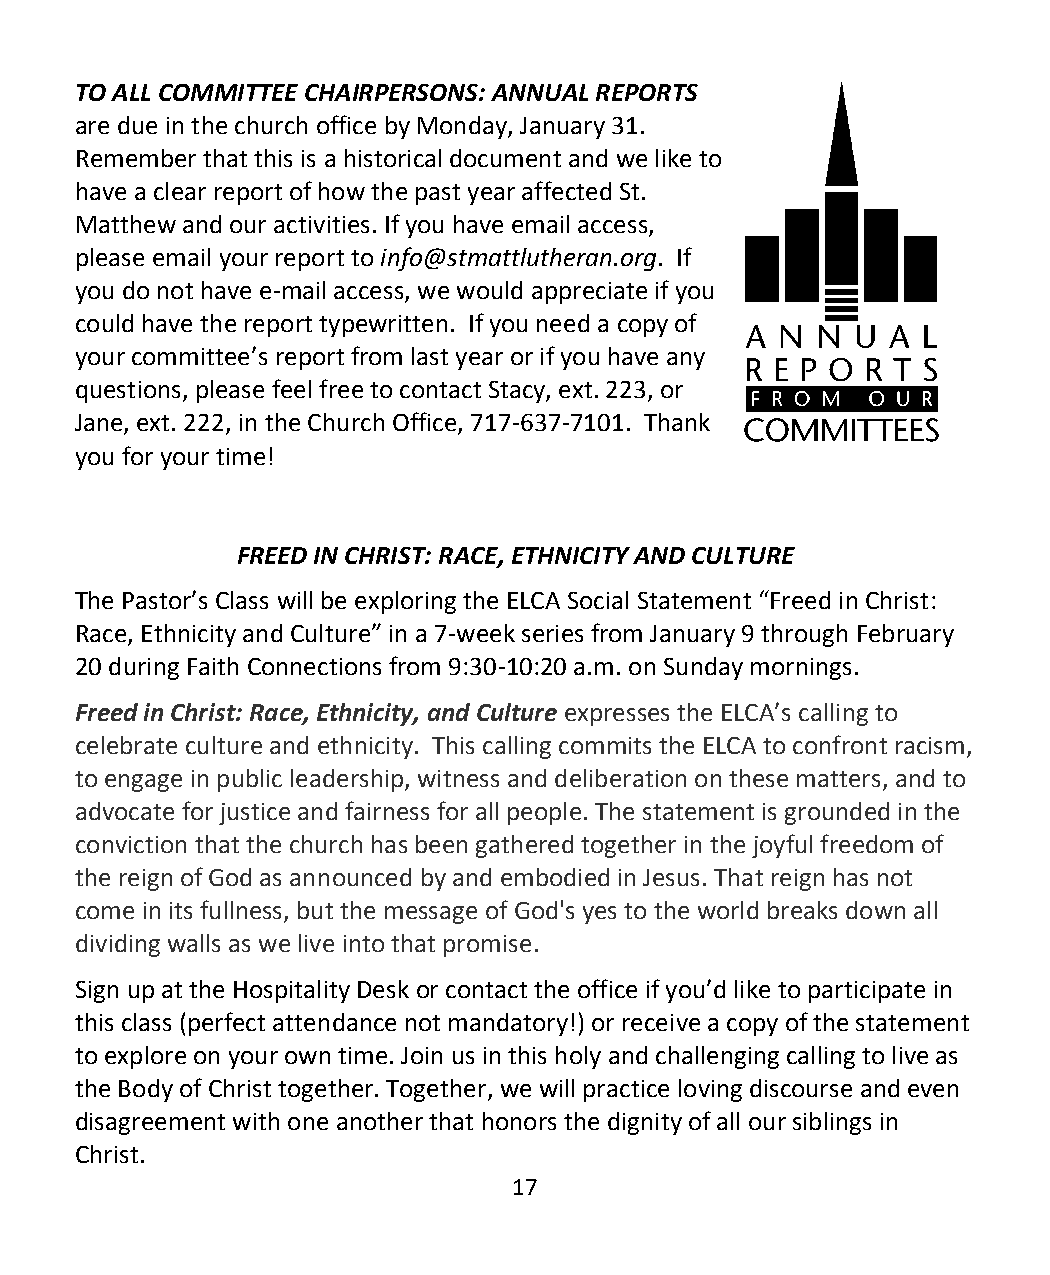
TO ALL COMMITTEE CHAIRPERSONS: ANNUAL REPORTS
 are due in the church office by Monday, January 31.
 Remember that this is a historical document and we like to
 have a clear report of how the past year affected St.
 Matthew and our activities. If you have email access,
 please email your report to info@stmattlutheran.org. If
 you do not have e-mail access, we would appreciate if you
 could have the report typewritten. If you need a copy of
 your committee’s report from last year or if you have any
 questions, please feel free to contact Stacy, ext. 223, or
 Jane, ext. 222, in the Church Office, 717-637-7101. Thank
 you for your time!
 FREED IN CHRIST: RACE, ETHNICITY AND CULTURE
 The Pastor’s Class will be exploring the ELCA Social Statement “Freed in Christ:
 Race, Ethnicity and Culture” in a 7-week series from January 9 through February
 20 during Faith Connections from 9:30-10:20 a.m. on Sunday mornings.
 Freed in Christ: Race, Ethnicity, and Culture expresses the ELCA’s calling to
 celebrate culture and ethnicity. This calling commits the ELCA to confront racism,
 to engage in public leadership, witness and deliberation on these matters, and to
 advocate for justice and fairness for all people. The statement is grounded in the
 conviction that the church has been gathered together in the joyful freedom of
 the reign of God as announced by and embodied in Jesus. That reign has not
 come in its fullness, but the message of God's yes to the world breaks down all
 dividing walls as we live into that promise.
 Sign up at the Hospitality Desk or contact the office if you’d like to participate in
 this class (perfect attendance not mandatory!) or receive a copy of the statement
 to explore on your own time. Join us in this holy and challenging calling to live as
 the Body of Christ together. Together, we will practice loving discourse and even
 disagreement with one another that honors the dignity of all our siblings in
 Christ.
 17